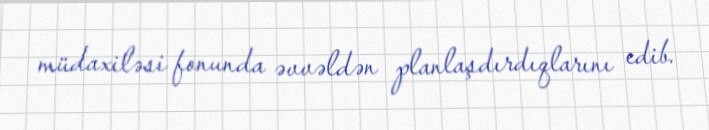
müdaxiləsi fonunda əvvəldən planlaşdırdıqlarını edib.